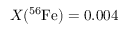
X ( ^ { 5 6 } \mathrm { F e } ) = 0 . 0 0 4